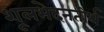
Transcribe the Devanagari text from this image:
शूलभेदनतीर्थ